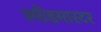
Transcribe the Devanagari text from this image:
स्पीडमास्टर